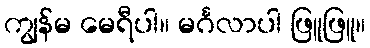
ကျွန်မ မေရီပါ။ မင်္ဂလာပါ ဖြူဖြူ။